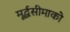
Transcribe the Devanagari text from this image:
मूर्द्धसीमाको